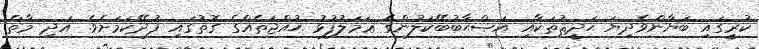
ކުރީގައި ބަޔާންވެދިޔަ ޙަދީޘުތަކާއި އަޞްޙާބުބޭކަލުންގެ ޢަމަލުފުޅު ޙުއްޖަތެއްގެ ގޮތުގައި ފުދޭކަމަށެވެ. އަދި މާތް